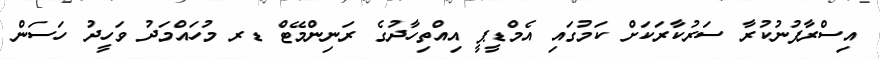
އިސްރާފުނުކުރާ ސަރުކާރަކަށް ކަމުގައި އެމްޑީޕީ އިއްތިހާދުގެ ރަނިންމޭޓް ޑރ މުހައްމަދު ވަހީދު ހަސަން